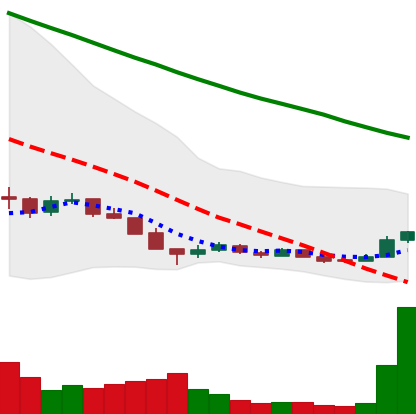
Ticker: ADA-USD
Chart end date: 2018-12-18
Forward return: 27.336%
Label: up_7plus